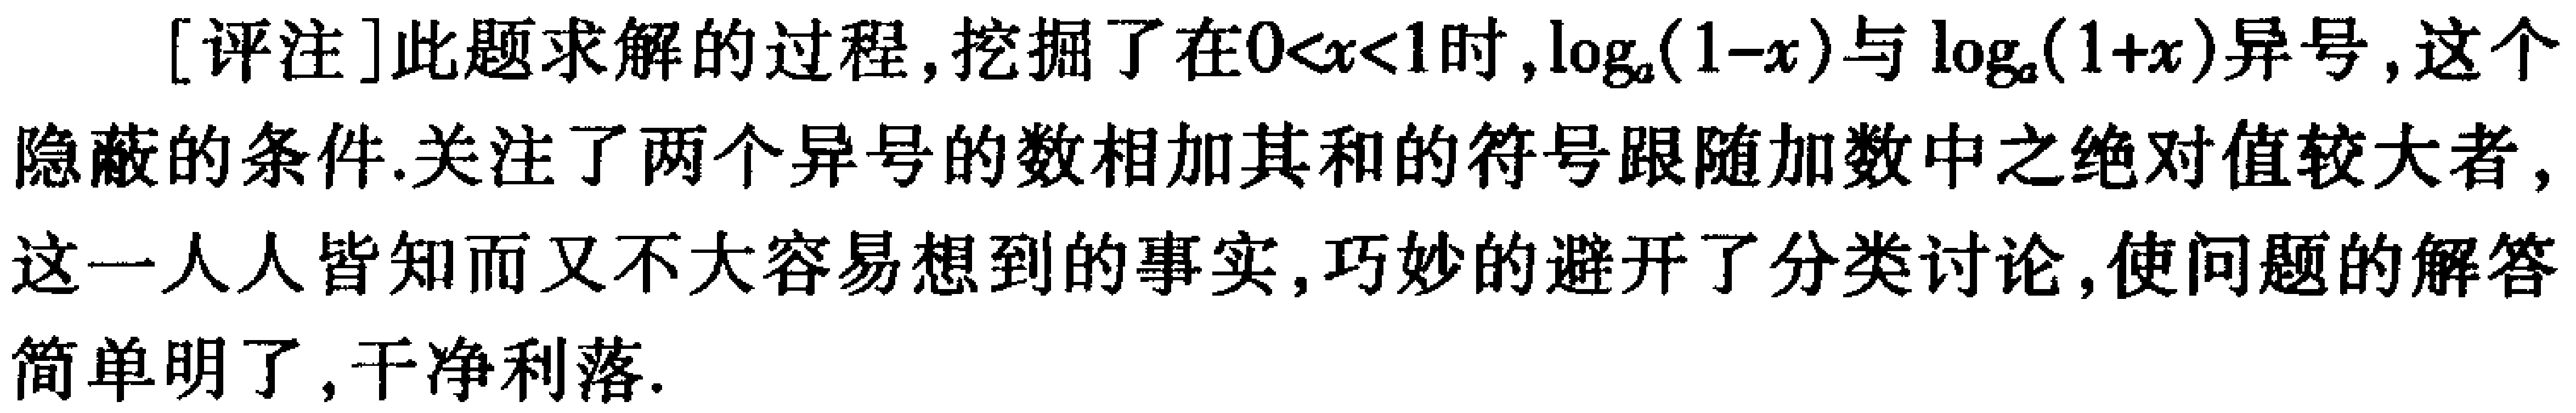
[评注]此题求解的过程,挖掘了在\(0<x<1\)时,\(\log_{a}(1 - x)\)与\(\log_{a}(1 + x)\)异号,这个隐蔽的条件.关注了两个异号的数相加其和的符号跟随加数中之绝对值较大者,这一人人皆知而又不大容易想到的事实,巧妙的避开了分类讨论,使问题的解答简单明了,干净利落.